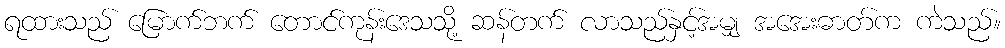
ရထားသည် မြောက်ဘက် တောင်ကုန်းဒေသသို့ ဆန်တက် လာသည်နှင့်အမျှ အအေးဓာတ်က ကဲသည်။